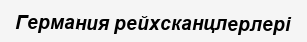
Германия рейхсканцлерлері